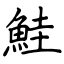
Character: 鮭